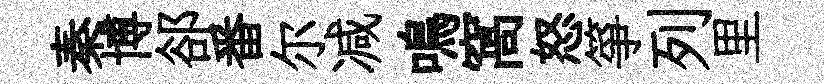
秦博郤番尔减鳴窩怒箏列里